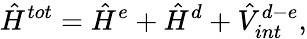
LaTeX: \hat{H}^{tot}=\hat{H}^{e}+\hat{H}^{d}+\hat{V}_{int}^{d-e},